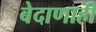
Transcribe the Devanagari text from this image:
बेदाणाही